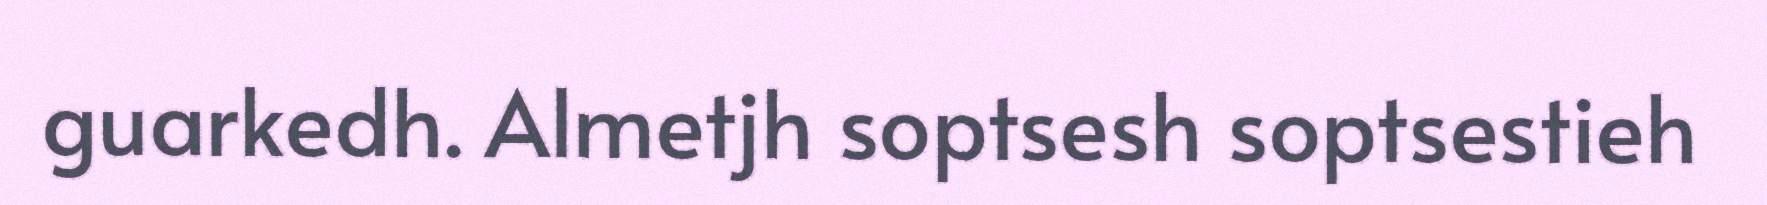
guarkedh. Almetjh soptsesh soptsestieh